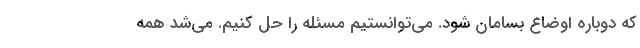
که دوباره اوضاع بسامان شود. می‌توانستیم مسئله را حل کنیم. می‌شد همه